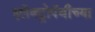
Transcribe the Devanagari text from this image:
इलेक्ट्रोपॅथीच्या